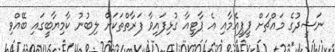
ނަޝީދުގެ މައްޗަށް ޕީޕީއެމާއި އެ ޕާޓީއާ ގުޅިފައިވާ ފަރާތްތަކަށް ލިބުނު ކާމިޔާބީގައި ބޭއްވި